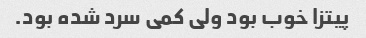
پیتزا خوب بود ولی کمی سرد شده بود.